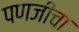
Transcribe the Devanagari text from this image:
पणजीचा